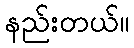
နည်းတယ်။